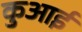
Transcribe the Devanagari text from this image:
कुआई